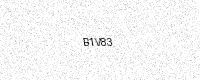
Text: B1V83